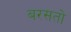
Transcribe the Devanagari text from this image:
बरसतो